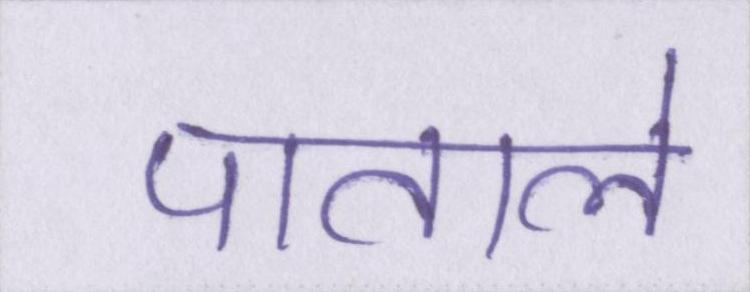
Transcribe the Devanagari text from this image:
पाताले